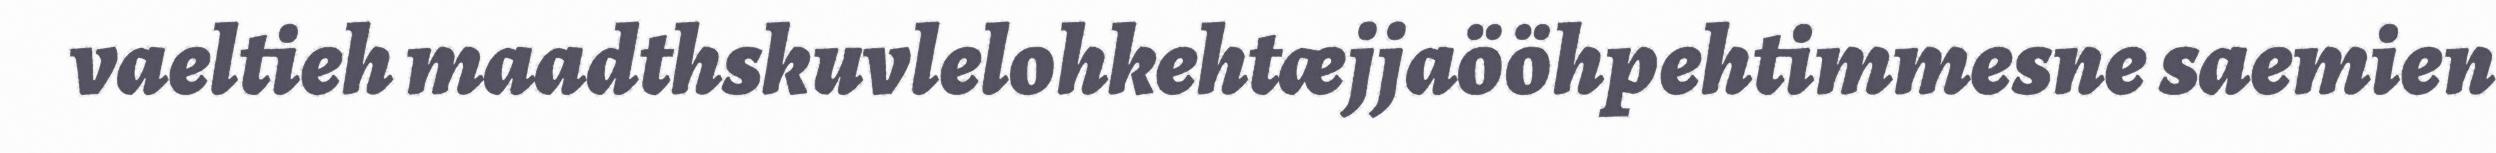
vaeltieh maadthskuvlelohkehtæjjaööhpehtimmesne saemien